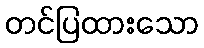
တင်ပြထားသော